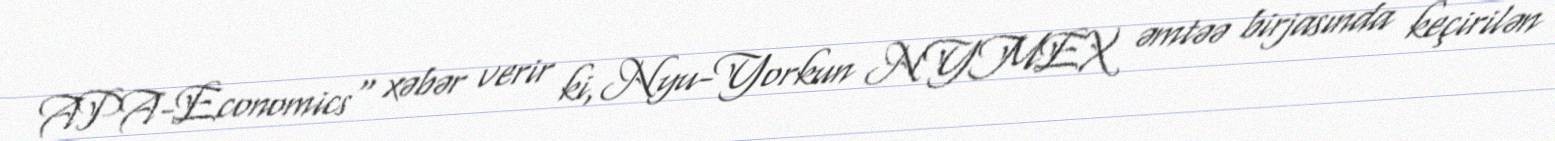
APA-Economics" xəbər verir ki, Nyu-Yorkun NYMEX əmtəə birjasında keçirilən